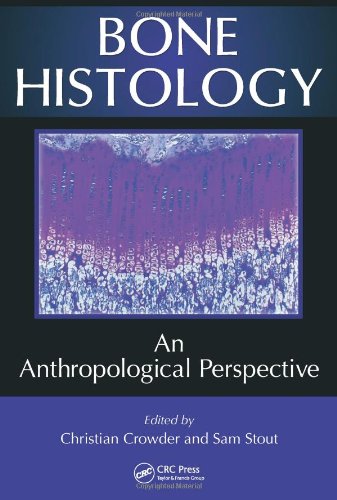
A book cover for Bone Histology: An Anthropological Perspective; Medical Books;